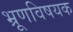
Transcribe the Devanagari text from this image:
भ्रूणविषयक